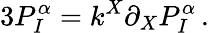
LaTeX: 3P_{I}^{\alpha}=k^{X}\partial_{X}P_{I}^{\alpha}\, .